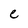
Character: e